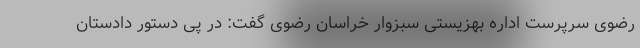
رضوی سرپرست اداره بهزیستی سبزوار خراسان رضوی گفت: در پی دستور دادستان